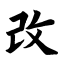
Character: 改